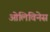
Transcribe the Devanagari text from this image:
ओलिविनेस